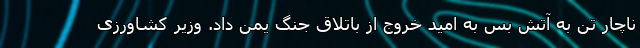
ناچار تن به آتش بس به امید خروج از باتلاق جنگ یمن داد. وزیر کشاورزی